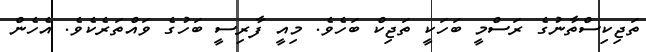
ތަޖިކިސްތާނުގެ ރަސްމީ ބަހަކީ ތަޖިކް ބަހެވެ. މިއީ ފާރިސީ ބަހުގެ ވައްތަރެކެވެ. އެހެން